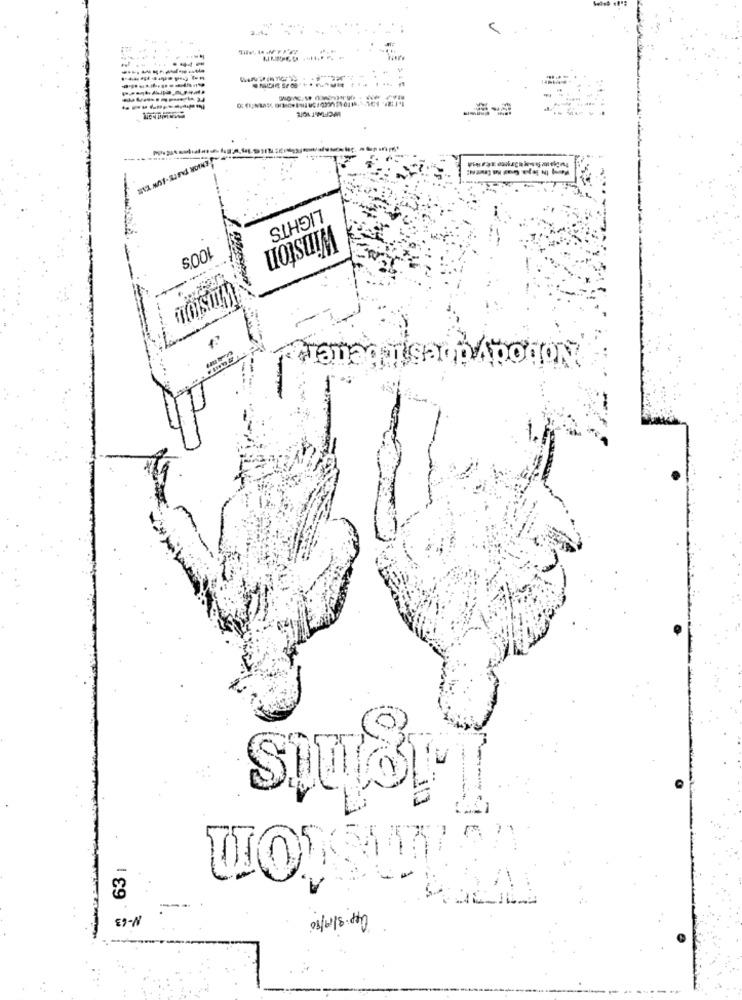
HPOFDAT VOTE
EMOR PARTE - LOW THE
LIGHTS
Winston
100S
-
estir better
Lights
Jimston
$ .63 1
--
N-63
040.3/1/90